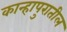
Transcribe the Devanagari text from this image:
कान्हापुरातील